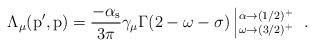
LaTeX: \begin{align*}\rm \Lambda_\mu (p^\prime,p) = \frac{-\alpha_s}{3\pi} \gamma_\mu\Gamma(2-\omega-\sigma) \left|^{\alpha\to(1/2)^+}_{\omega\to (3/2)^+}\right.~.\end{align*}